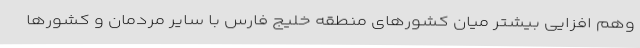
وهم افزایی بیشتر میان کشورهای منطقه خلیج فارس با سایر مردمان و کشورها